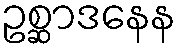
ဥစ္ဆာဒနေန